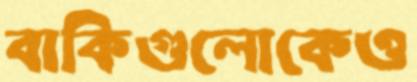
বাকিগুলোকেও